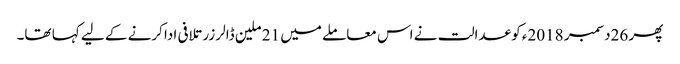
پھر 26دسمبر 2018ء کو عدالت نے اس معاملے میں 21 ملین ڈالر زر تلافی ادا کرنے کے لیے کہا تھا۔